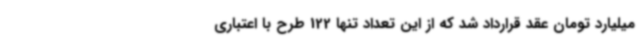
میلیارد تومان عقد قرارداد شد که از این تعداد تنها 122 طرح با اعتباری